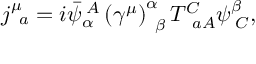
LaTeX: j _ { \; \; a } ^ { \mu } = i \bar { \psi } _ { \alpha } ^ { \; A } \left( \gamma ^ { \mu } \right) _ { \; \; \beta } ^ { \alpha } T _ { \; \; a A } ^ { C } \psi _ { \; C } ^ { \beta } ,